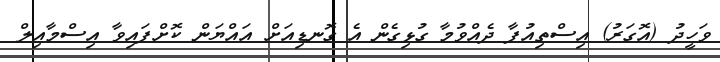
ވަހީދު (އޮގަރު) އިސްތިއުފާ ދެއްވުމާ ގުޅިގެން އެ ގޮނޑިއަށް އައްޔަން ކޮށްފައިވާ އިސްމާއިލް